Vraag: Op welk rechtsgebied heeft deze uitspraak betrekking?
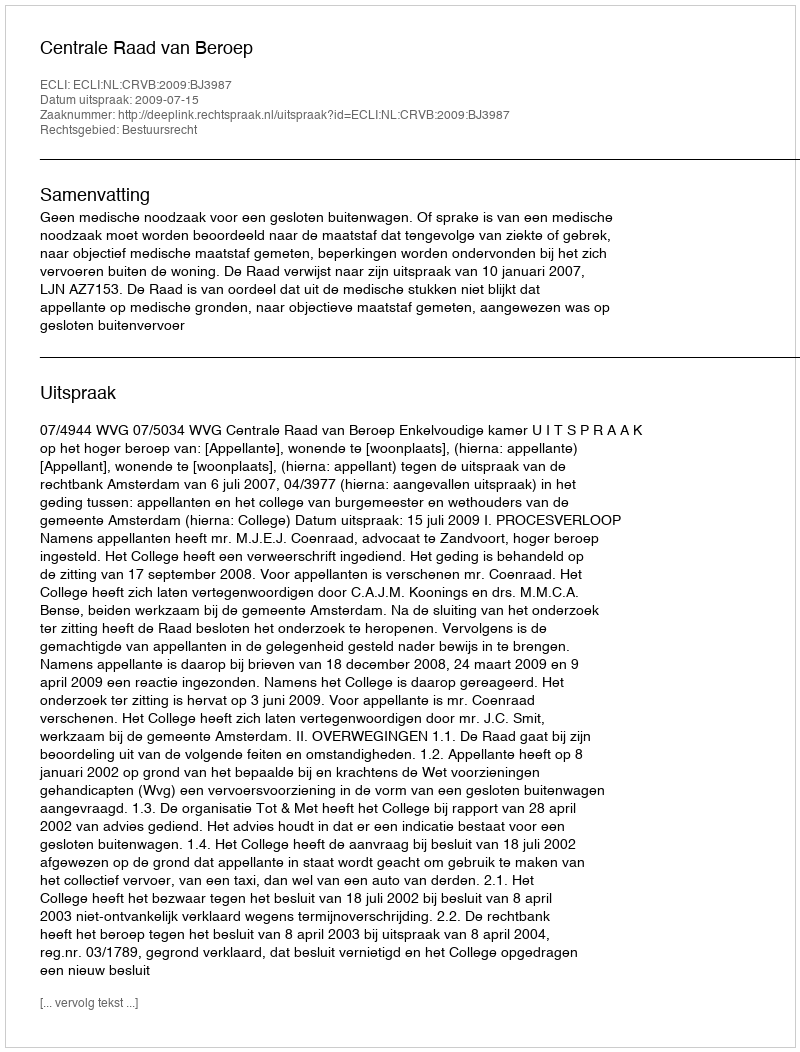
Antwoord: Bestuursrecht